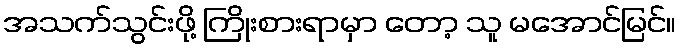
အသက်သွင်းဖို့ ကြိုးစားရာမှာ တော့ သူ မအောင်မြင်။